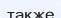
также